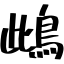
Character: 䳄